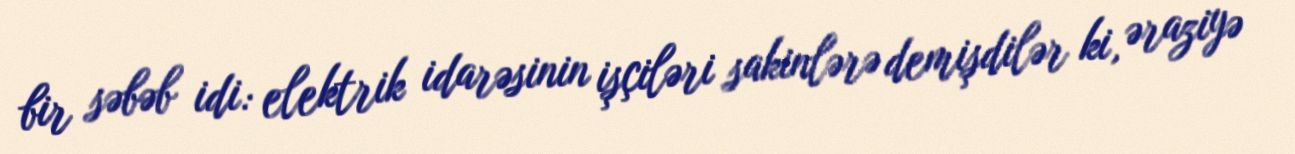
bir səbəb idi: elektrik idarəsinin işçiləri sakinlərə demişdilər ki, əraziyə